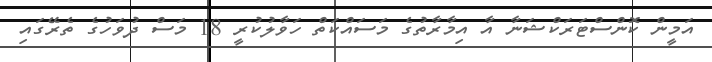
އަމީން ކޮންސްޓަރަކްޝަނާ އާ އިމާރާތުގެ މަސައްކަތް ހަވާލުކުރީ 18 މަސް ދުވަހުގެ ތެރޭގައި